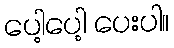
ပေါ့ပေါ့ ပေးပါ။